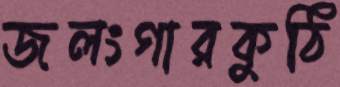
জলংগারকুঠি